Indian journal of veterinary science and animal husbandry - Volume 2,
Year: 1932
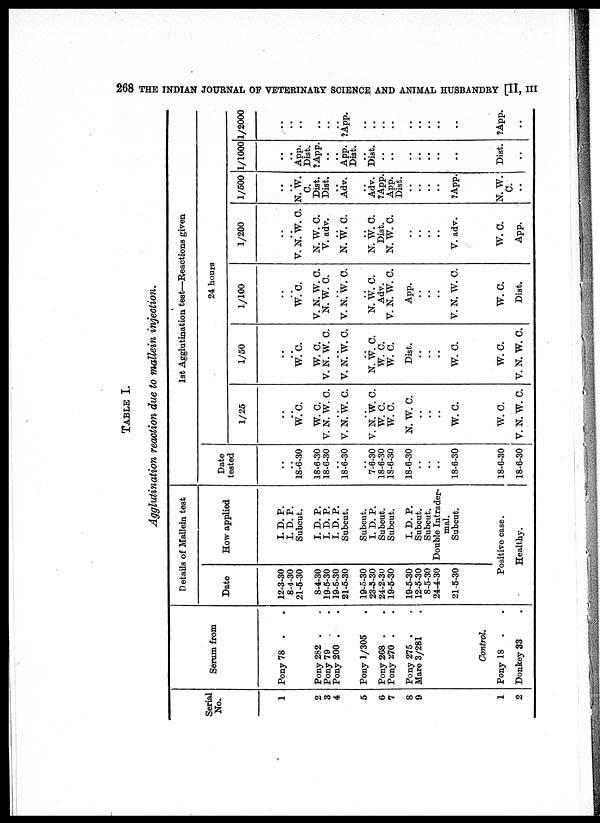
268 THE INDIAN JOURNAL OF VETERINARY SCIENCE AND ANIMAL HUSBANDRY [II, III
TABLE I.
Agglutination reaction due to mallein injection.
Serial
No.
1
2
3
4
5
6
7
8
9
Serum from
Pony 78 . .
Pony 282 . .
Pony 79 . .
Pony 200 . .
Pony 1/305 .
Pony 268 . .
Pony 270 . .
Pony 275 . .
Mare 3/281 .
Control.
1
2
Pony 18 . .
Donkey 33 .
Details of Mallein test
Date
12-3-30
8-4-30
21-5-30
8-4-30
19-5-30
19-5-30
21-5-30
19-5-30
23-5-30
24-2-30
19-5-30
19-5-30
12-5-30
8-5-30
24-4-30
21-5-30
How applied
I. D. P.
I. D. P.
Subcut.
I. D. P.
I. D. P.
I. D. P.
Subcut.
Subcut.
I. D. P.
Subcut.
Subcut.
I. D. P.
Subcut.
Subcut.
Double Intrader-
mal.
Subcut.
1st Agglutination test—Reactions given
Date
tested
..
.. 18-6-30
18-6-30
18-6-30
18-6-30
7-6-30
18-6-30
18-6-30
18-6-30
..
..
..
18-6-30
24 hours
1/25
..
.. W. C.
W. C.
V. N. W. C.
..
V. N. W. C.
..
V. N. W. C.
W. C.
W. C.
N. W. C.
..
..
..
W. C.
1/50
..
.. W. C.
W. C.
V. N. W. C.
. .
V. N. W. C.
..
N. W. C.
W. C.
W. C.
Dist.
..
..
..
W. C.
1/100
..
.. W. C.
V. N. W. C.
N. W. C.
..
V. N. W. C.
..
N. W. C.
Adv.
V. N. W. C.
App.
..
..
..
V. N. W. C.
1/200
..
..
V. N. W. C.
N. W. C.
V. adv.
N. W. C.
. .
N. W. C.
Dist.
N. W. C.
..
..
..
..
V. adv.
1/500
..
..
N. W.
C.
Dist.
Dist.
..
Adv.
..
Adv.
?App.
App.
Dist.
..
..
..
..
?App.
1/1000
..
.. App.
Dist.
?App.
..
App.
Dist.
..
Dist.
..
..
..
..
..
..
..
1/2000
..
..
..
..
..
..
?App.
..
..
..
..
..
..
..
..
Positive case.
Healthy.
18-6-30
18-6-30
W. C.
V. N. W. C.
W. C.
V. N. W. C.
W. C.
Dist.
W. C.
App.
N. W.
C.
..
Dist.
..
?App.
..